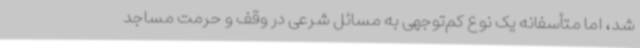
شد، اما متأسفانه یک نوع کم‌توجهی به مسائل شرعی در وقف و حرمت مساجد